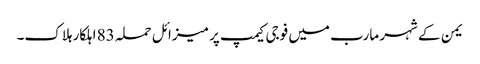
یمن کے شہر مارب میں فوجی کیمپ پر میزائل حملہ 83 اہلکار ہلاک۔